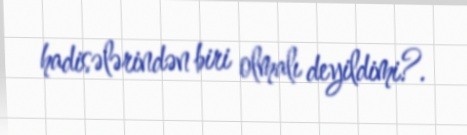
hadisələrindən biri olmalı deyildimi?.